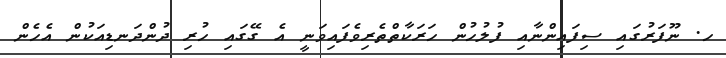
ހ. ނޫފަރުގައި ސިފައިންނާއި ފުލުހުން ހަރަކާތްތެރިވެފައިވަނީ އެ ގޭގައި ހުރި ދުންދަނޑިއަކުން އެހެން